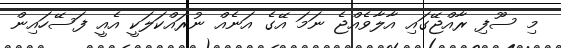
މި ސޫފި ރާއްޖޭގައި އާލާވެއްޖެ ނަމަ އޭގެ އަނެއް ނުރައްކަލަކީ އެއީ ފަސޭހައިން